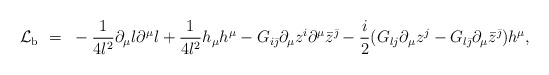
\begin{align*}{\cal L}_{\rm b} ~=~- \frac{1}{4l^2}\partial_{\mu}l\partial^{\mu}l + \frac{1}{4l^2}h_{\mu}h^{\mu} - G_{i\bar{\jmath}}\partial_{\mu}{z^i}\partial^{\mu}{\bar{z}^{\bar{\jmath}}} -\frac{i}{2}(G_{lj}\partial_{\mu}{z^j} -G_{l\bar{\jmath}}\partial_{\mu}{\bar{z}^{\bar{\jmath}}})h^{\mu},\end{align*}